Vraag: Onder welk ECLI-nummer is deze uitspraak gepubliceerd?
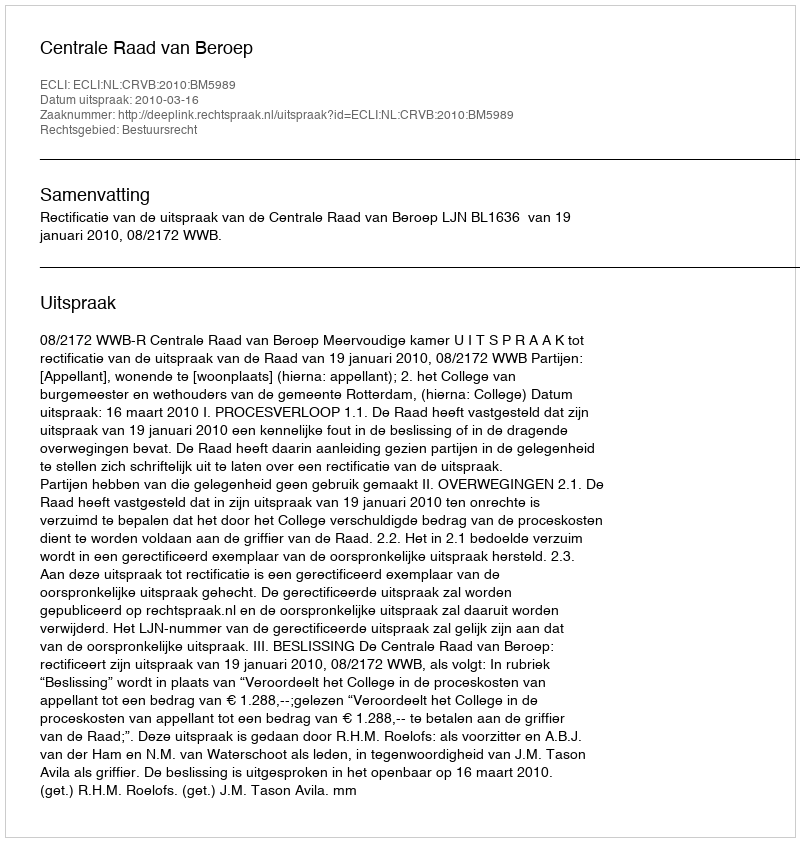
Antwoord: ECLI:NL:CRVB:2010:BM5989